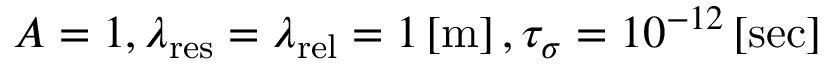
A = 1 , \lambda _ { \mathrm { { r e s } } } = \lambda _ { \mathrm { { r e l } } } = 1 \left[ \mathrm { { m } } \right] , \tau _ { \sigma } = 1 0 ^ { - 1 2 } \left[ \mathrm { { s e c } } \right]